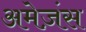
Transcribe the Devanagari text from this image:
अमेज़ंस